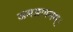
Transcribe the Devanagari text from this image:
ञमङणनम्।